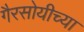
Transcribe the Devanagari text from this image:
गैरसोयीच्या